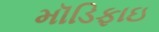
મૉડિફાઇ